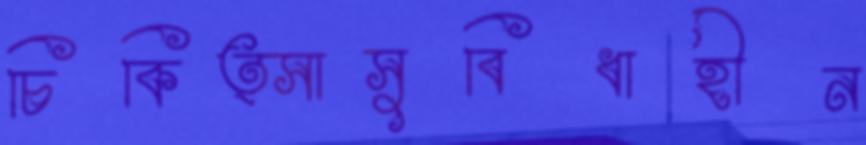
চিকিত্সাসুবিধাহীন